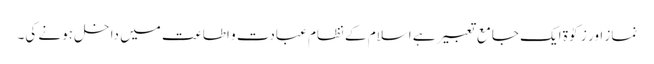
نماز اور زکوٰۃ ایک جامع تعبیر ہے اسلام کے نظام عبادت و اطاعت میں داخل ہونے کی۔